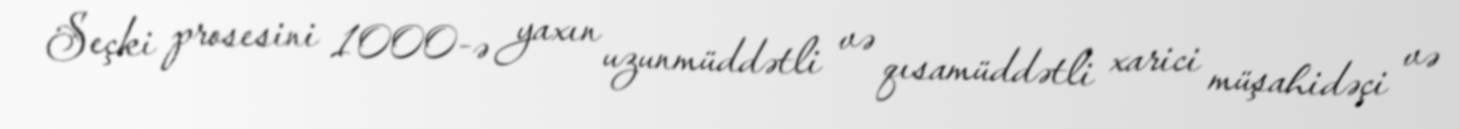
Seçki prosesini 1000-ə yaxın uzunmüddətli və qısamüddətli xarici müşahidəçi və